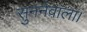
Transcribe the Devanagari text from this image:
सुननेवाला।